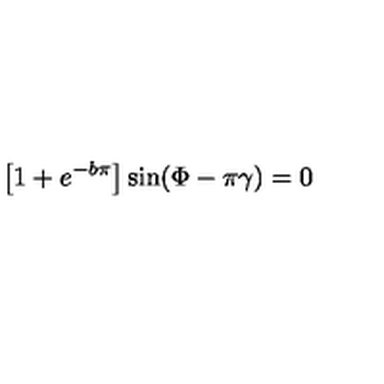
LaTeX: \left[ 1 + e ^ { - b \pi } \right] \sin ( \Phi - \pi \gamma ) = 0